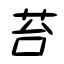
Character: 苔